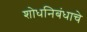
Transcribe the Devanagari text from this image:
शोधनिबंधाचे